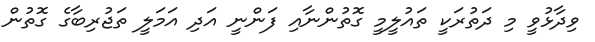
ވިދާޅުވީ މި ދަތުރަކީ ތައުލީމީ ގޮތުންނާއި ފަންނީ އަދި އަމަލީ ތަޖުރިބާގެ ގޮތުން